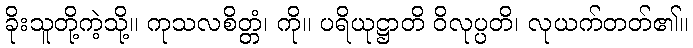
ခိုးသူတို့ကဲ့သို့။ ကုသလစိတ္တံ၊ ကို။ ပရိယုဋ္ဌာတိ ဝိလုပ္ပတိ၊ လုယက်တတ်၏။